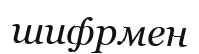
шифрмен